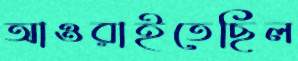
আওরাইতেছিল